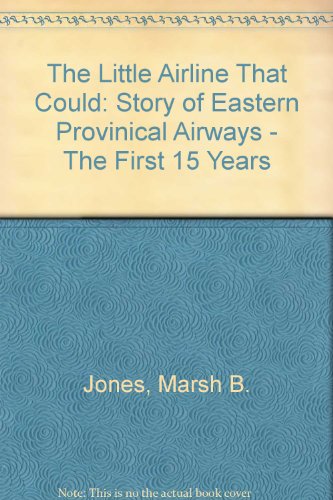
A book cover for Little Airline That Could: Eastern Provincial Airways - The First Fifteen Years; M. Jones; History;